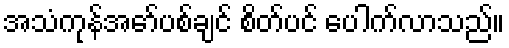
အသံကုန်အော်ပစ်ချင် စိတ်ပင် ပေါက်လာသည်။